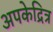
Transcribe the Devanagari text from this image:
अपकेद्रित्र